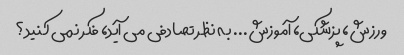
ورزش، پزشکی، آموزش... به نظر تصادفی می آید، فکر نمی کنید؟